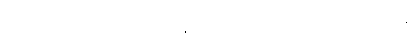
ကြီးစွာသောဆင်းရဲကို။ အနုဘောသိ၊ ခံစားရ၏။ အညေသံပန၊